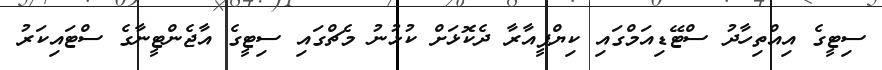
ސިޓީގެ އިއްތިހާދު ސްޓޭޑިއަމްގައި ކިޔްޕީއާރާ ދެކޮޅަށް ކުޅުނު މެޗްގައި ސިޓީގެ އާޖެންޓީނާގެ ސްޓައިކަރު